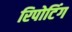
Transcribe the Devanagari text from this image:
रिपोटिंग